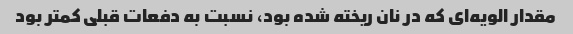
مقدار الویه‌ای که در نان ریخته شده بود، نسبت به دفعات قبلی کمتر بود